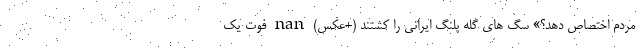
مردم اختصاص دهد؟» سگ های گله پلنگ ایرانی را کشتند (+عکس) nan فوت یک